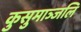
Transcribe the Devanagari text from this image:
कुसुमाञ्जलि